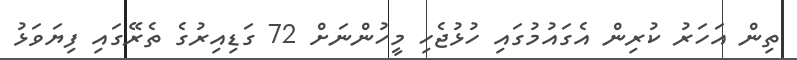
ތިން އަހަރު ކުރިން އެގައުމުގައި ހުޅުޖެހި މީހުންނަށް 72 ގަޑިއިރުގެ ތެރޭގައި ފިޔަވަޅު